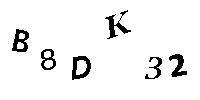
B8DK32